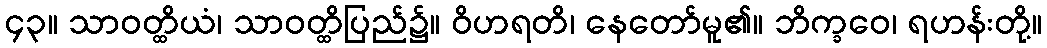
၄၃။ သာဝတ္ထိယံ၊ သာဝတ္ထိပြည်၌။ ဝိဟရတိ၊ နေတော်မူ၏။ ဘိက္ခဝေ၊ ရဟန်းတို့။